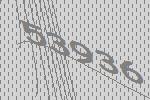
53936